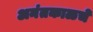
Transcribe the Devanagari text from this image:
अनंतकाळचे